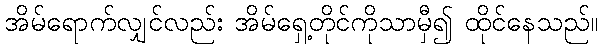
အိမ်ရောက်လျှင်လည်း အိမ်ရှေ့တိုင်ကိုသာမှီ၍ ထိုင်နေသည်။